Ajakirja_Uliopilasleht_toimetus, lk 32
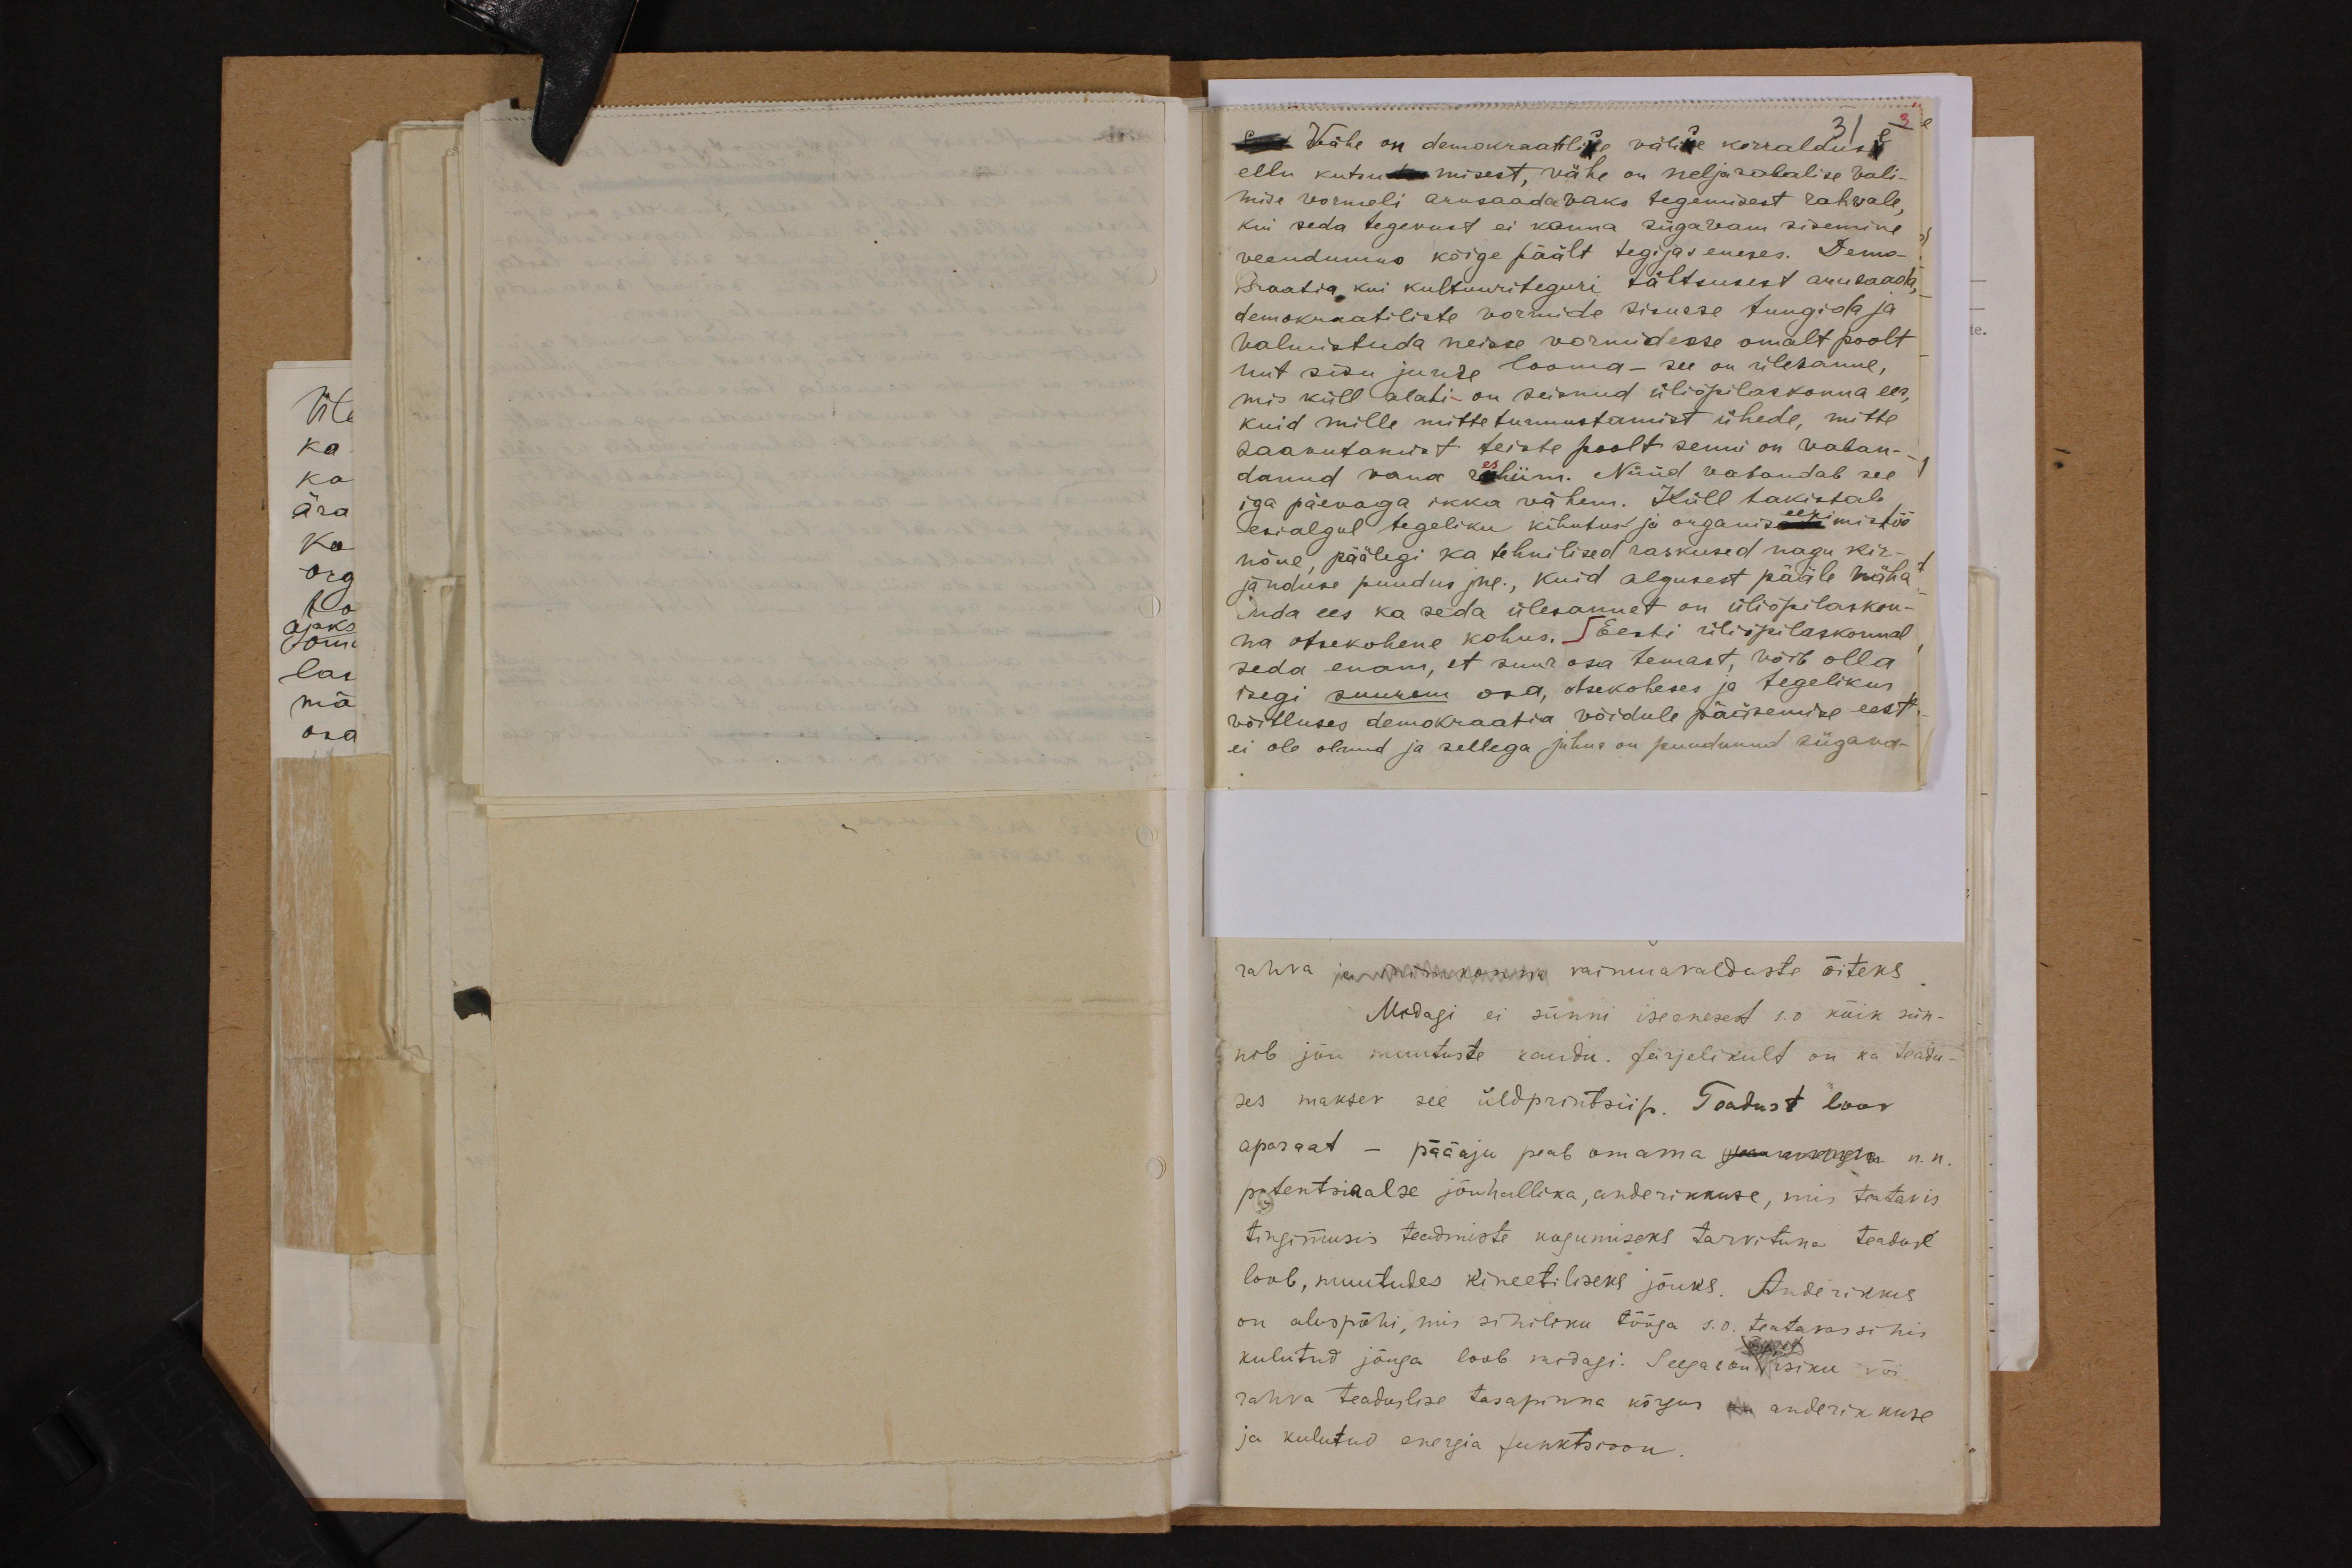
31
saks. Vähe on demokraatlise välise korralduse,
ellu kutsutamisest, vähe on neljasabalise Vali-
mise vormeli arusaadavaks tegemisest rahvale,
kui seda tegevust ei kanna sügavam sisemine
veendumus kõige päält tegijas eneses. Demo-
kraatia kui kultuuriteguri tähtsusest aru saada,
demokraatiliste vormide sisusse tungida ja
valmistuda neisse vormidesse omalt poolt
uut sisu juurde looma-see on ülesanne,
mis küll alati on seisnud üliõpilaskonna ees,
kuid mille mitteturustamist ühede, mitte
saavutamist teiste poolt seni on vaban-
danud vana reshiim. Nüüd vabandab see
iga päevaga ikka vähem. Küll takistab,
esialgul tegeliku kihutus- ja organiseerimis töö
nõue päälegi ka tehnilised raskused nagu kir-
janduse puudus jne., kuid algusest pääle näha
mida ees ka seda ülesannet on üliõpilaskon-
na otsekohene kohus. Eesti üliõpilaskonnal
seda enam, et suur osa temast, võib olla
isegi suurem osa, otsekoheses ja tegelikus
võitluses demokraatia võidule pääsemise eest
ei ole olnud ja sellega juhus on puudunud sügava-